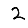
Digit: 2